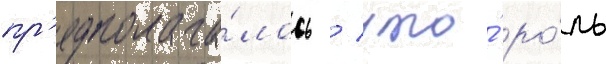
пр'едполага́лось / что́ ро́ль